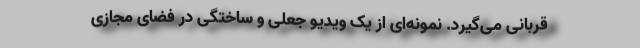
قربانی می‌گیرد. نمونه‌ای از یک ویدیو جعلی و ساختگی در فضای مجازی